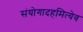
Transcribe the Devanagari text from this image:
संयोगादहमित्येव